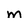
Character: m